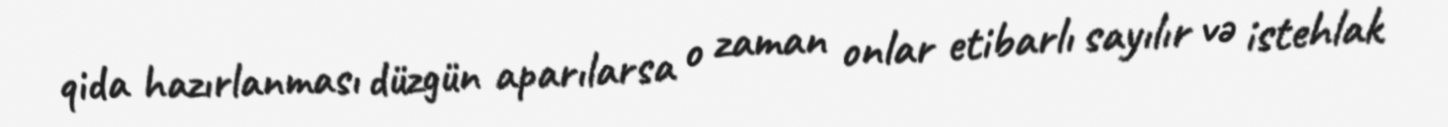
qida hazırlanması düzgün aparılarsa o zaman onlar etibarlı sayılır və istehlak